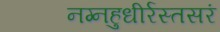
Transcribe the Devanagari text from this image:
नग्नहुधीर्रस्तसरं